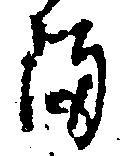
ま